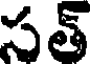
సత్